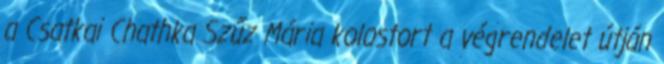
a Csatkai Chathka Szűz Mária kolostort a végrendelet útján